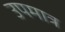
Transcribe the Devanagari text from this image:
उपमात्र